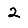
Digit: 2